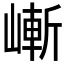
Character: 嶃